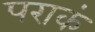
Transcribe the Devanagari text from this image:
पराकं